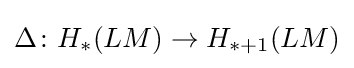
\Delta \colon H_{*}(LM)\to H_{*+1}(LM)